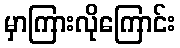
မှာကြားလိုကြောင်း